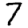
Digit: 7